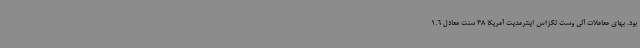
بود. بهای معاملات آتی وست تگزاس اینترمدیت آمریکا 38 سنت معادل 1.6